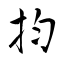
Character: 抣